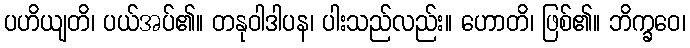
ပဟိယျတိ၊ ပယ်အပ်၏။ တနုဝါဒါပန၊ ပါးသည်လည်း။ ဟောတိ၊ ဖြစ်၏။ ဘိက္ခဝေ၊